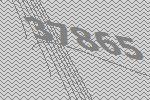
37865